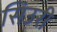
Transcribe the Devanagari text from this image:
सिउरी